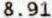
8.91